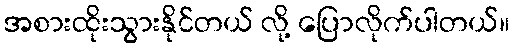
အစားထိုးသွားနိုင်တယ် လို့ ပြောလိုက်ပါတယ်။